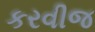
કરવીજ